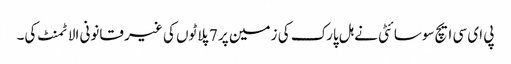
پی ای سی ایچ سوسائٹی نے ہل پارک کی زمین پر 7 پلاٹوں کی غیر قانونی الاٹمنٹ کی۔